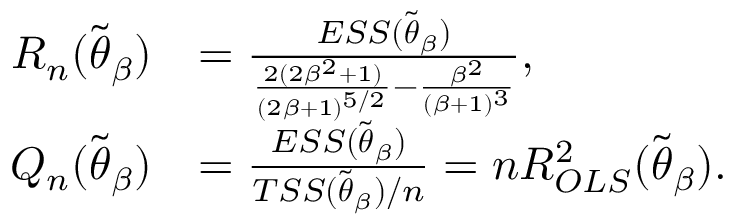
\begin{array} { r l } { R _ { n } ( \widetilde { \boldsymbol { \theta } } _ { \beta } ) } & { = \frac { E S S ( \widetilde { \boldsymbol { \theta } } _ { \beta } ) } { \frac { 2 ( 2 \beta ^ { 2 } + 1 ) } { ( 2 \beta + 1 ) ^ { 5 / 2 } } - \frac { \beta ^ { 2 } } { ( \beta + 1 ) ^ { 3 } } } , } \\ { Q _ { n } ( \widetilde { \boldsymbol { \theta } } _ { \beta } ) } & { = \frac { E S S ( \widetilde { \boldsymbol { \theta } } _ { \beta } ) } { T S S ( \widetilde { \boldsymbol { \theta } } _ { \beta } ) / n } = n R _ { O L S } ^ { 2 } ( \widetilde { \boldsymbol { \theta } } _ { \beta } ) . } \end{array}